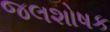
જલશોષક